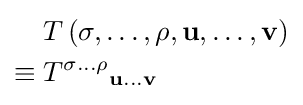
{\begin{aligned}&T\left(\sigma ,\ldots ,\rho ,\mathbf {u} ,\ldots ,\mathbf {v} \right)\\\equiv {}&{T^{\sigma \ldots \rho }}_{\mathbf {u} \ldots \mathbf {v} }\end{aligned}}